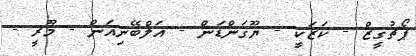
ޕޯޗުގީޒް - ކަޒަކީ - ޔޫގަންޑަން - އަލްބޭނިއަން - މޫރީ -